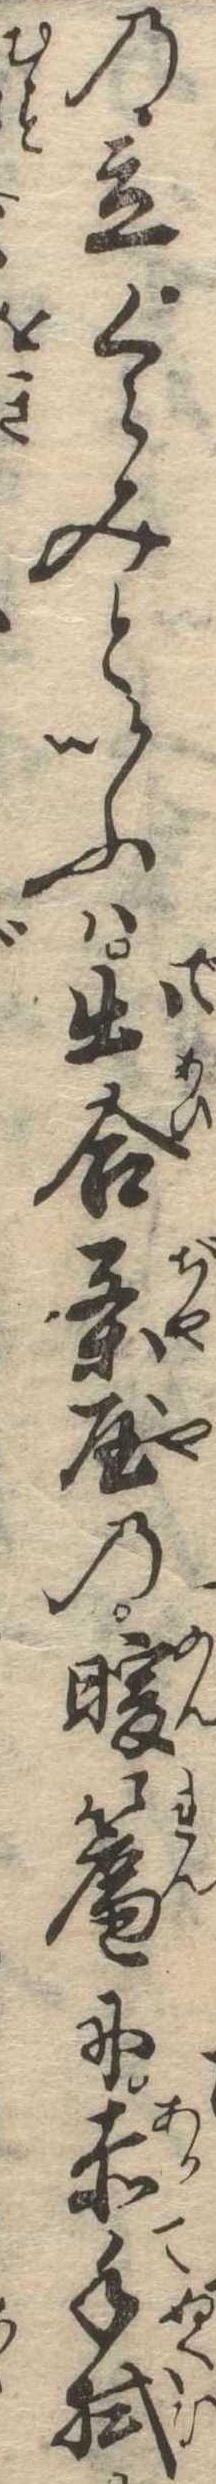
の立くらみといふは出合茶屋の暖簾に赤手拭